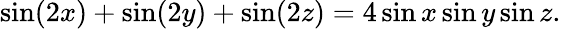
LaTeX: \sin(2x)+\sin(2y)+\sin(2z)=4\sin x\sin y\sin z.